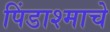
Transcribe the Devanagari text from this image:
पिंडाश्माचे